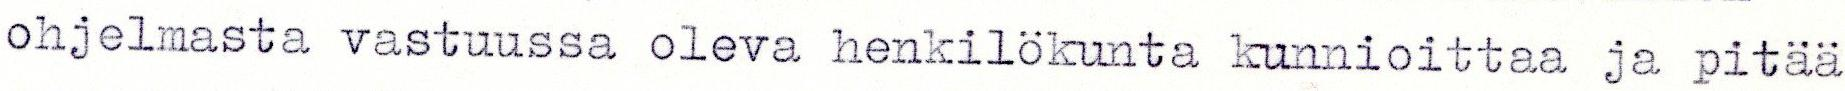
ohjelmasta vastuussa oleva henkilökunta kunnioittaa ja pitää